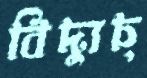
বিদ্যুচ্